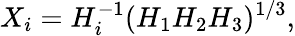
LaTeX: X_{i}=H_{i}^{-1}(H_{1}H_{2}H_{3})^{1/3},